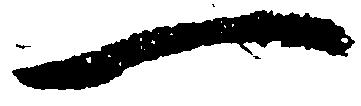
一